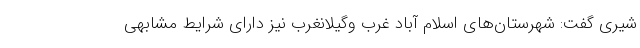
شیری گفت: شهرستان‌های اسلام آباد غرب وگیلانغرب نیز دارای شرایط مشابهی